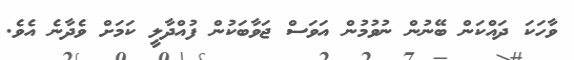
ވާހަކަ ދައްކަން ބޭނުން ނުވުމުން އަވަސް ޖަވާބަކުން ފުއްދާލީ ކަމަށް ވެދާނެ އެވެ.